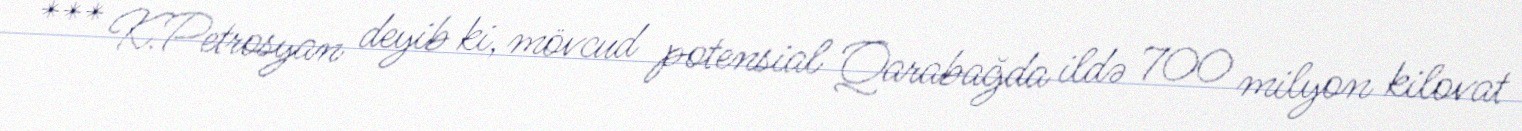
*** K.Petrosyan deyib ki, mövcud potensial Qarabağda ildə 700 milyon kilovat